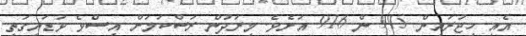
އެއީ ހިޖުރައިން 915 ން 916 އަށެވެ. މިރަދުން ރަސްކަމަށް އިސްވެ ވަޑައިގަތި